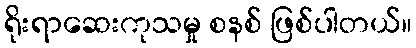
ရိုးရာဆေးကုသမှု စနစ် ဖြစ်ပါတယ်။